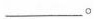
___。